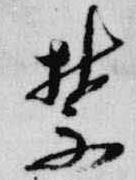
禁